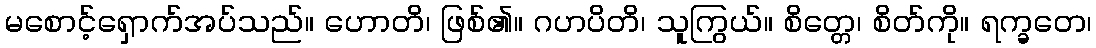
မစောင့်ရှောက်အပ်သည်။ ဟောတိ၊ ဖြစ်၏။ ဂဟပိတိ၊ သူကြွယ်။ စိတ္တေ၊ စိတ်ကို။ ရက္ခတေ၊